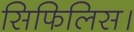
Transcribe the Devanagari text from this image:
सिफिलिस।